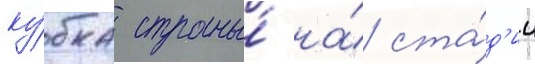
ку́бка страны́ на́ ста́д'ии